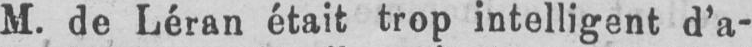
M. de Léran était trop intelligent d’a-